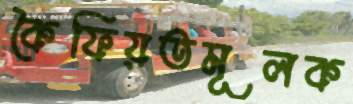
কৈফিয়তমূলক